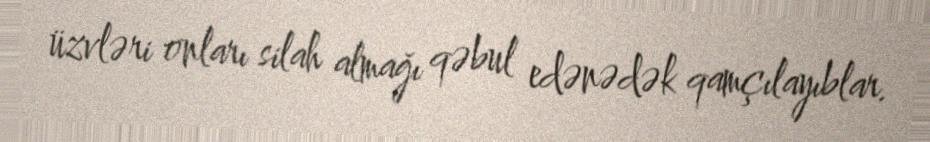
üzvləri onları silah almağı qəbul edənədək qamçılayıblar.